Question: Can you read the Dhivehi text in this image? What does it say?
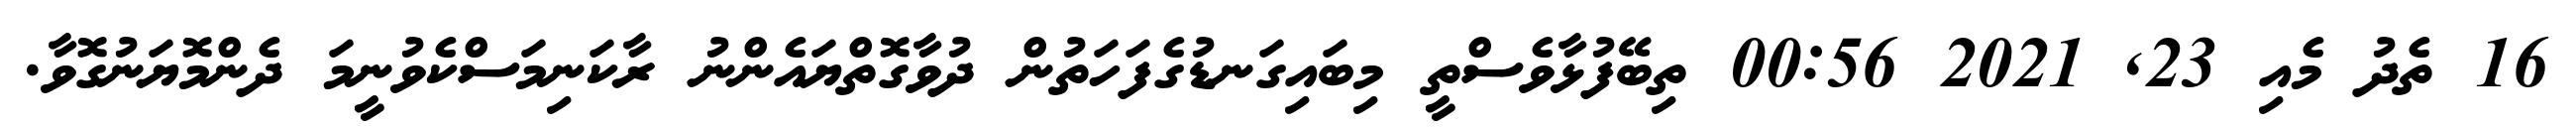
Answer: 16 ތެދު މެއި 23, 2021 00:56 ތިބޭފުޅާވެސްތީ މިބައިގަނޑުގެފަހަތުން ދުވާގޮތްޔައެންނު ރާކަނިމަސްކެވުނީމަ ދެންމޮޔަނުގޮވާ.